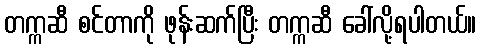
တက္ကဆီ စင်တာကို ဖုန်းဆက်ပြီး တက္ကဆီ ခေါ်လို့ရပါတယ်။